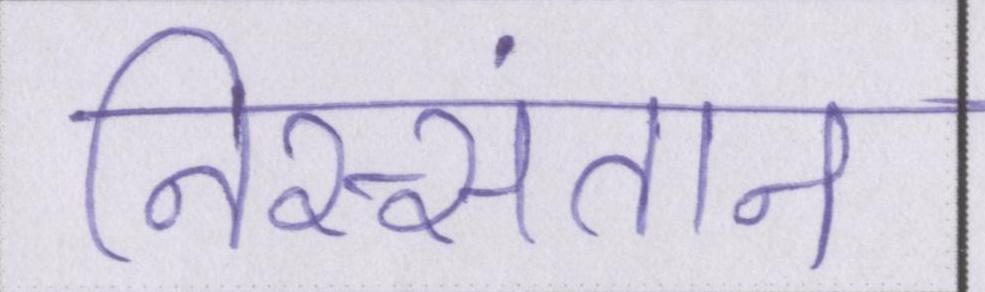
निस्संतान